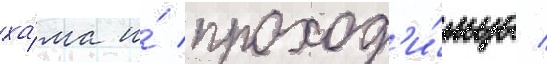
ха́ма и́ проход'и́мца /